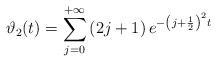
LaTeX: \begin{align*}\vartheta _{2}(t)=\sum\limits_{j=0}^{+\infty }\left( 2j+1\right) e^{-\left(j+\frac{1}{2}\right) ^{2}t} \end{align*}